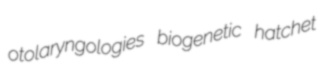
otolaryngologies biogenetic hatchet